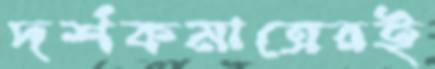
দর্শকমাত্রেরই